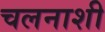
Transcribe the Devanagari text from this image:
चलनाशी